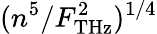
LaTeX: ({n^{5}/{F_{\mathrm{{THz}}}^{2}}})^{1/4}